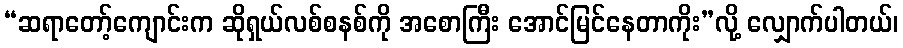
“ဆရာတော့်ကျောင်းက ဆိုရှယ်လစ်စနစ်ကို အစောကြီး အောင်မြင်နေတာကိုး”လို့ လျှောက်ပါတယ်၊